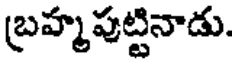
బ్రహ్మపుట్టినాడు.